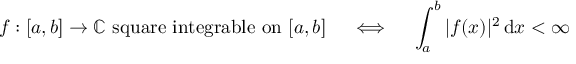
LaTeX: f : [ a , b ] \to \mathbb { C } { \mathrm { ~ s q u a r e ~ i n t e g r a b l e ~ o n ~ } } [ a , b ] \quad \iff \quad \int _ { a } ^ { b } | f ( x ) | ^ { 2 } \, \mathrm { d } x < \infty